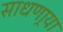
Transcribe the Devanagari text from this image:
साधणार्‍या